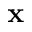
\mathbf { x }